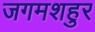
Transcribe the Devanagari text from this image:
जगमशहुर